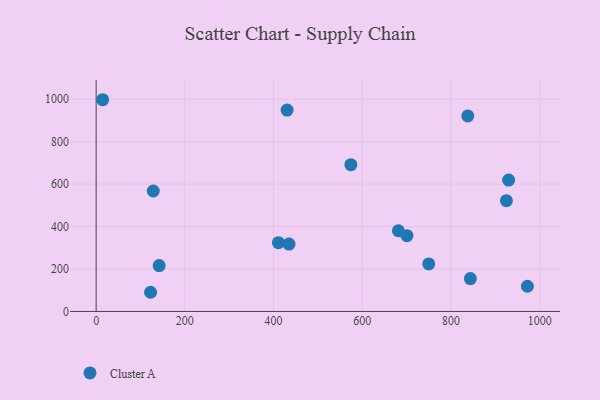
{"axis": {"x": "Price", "y": "Salary"}, "legend": ["Cluster A"], "data": [{"x": "128.8", "y": 567.5, "type": "Cluster A"}, {"x": "14.6", "y": 997.7, "type": "Cluster A"}, {"x": "122.7", "y": 90.3, "type": "Cluster A"}, {"x": "972.3", "y": 118.7, "type": "Cluster A"}, {"x": "837.9", "y": 921.5, "type": "Cluster A"}, {"x": "430.5", "y": 948.9, "type": "Cluster A"}, {"x": "574.3", "y": 691.6, "type": "Cluster A"}, {"x": "843.7", "y": 154.8, "type": "Cluster A"}, {"x": "434.8", "y": 317.6, "type": "Cluster A"}, {"x": "700.8", "y": 357.0, "type": "Cluster A"}, {"x": "925.1", "y": 521.8, "type": "Cluster A"}, {"x": "411.0", "y": 323.9, "type": "Cluster A"}, {"x": "930.0", "y": 619.0, "type": "Cluster A"}, {"x": "142.1", "y": 216.0, "type": "Cluster A"}, {"x": "749.9", "y": 224.0, "type": "Cluster A"}, {"x": "681.4", "y": 380.2, "type": "Cluster A"}]}